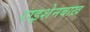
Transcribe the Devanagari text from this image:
राइशेनबाख़